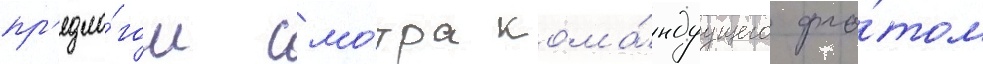
пр'едло́гом смо́тра кома́ндуущего фло́том